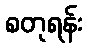
စတုရန်း